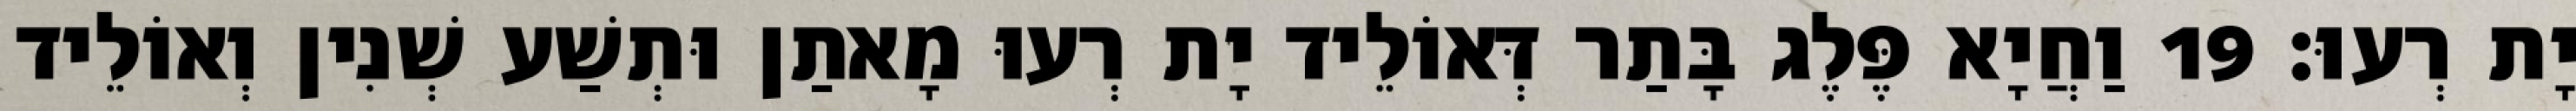
יָת רְעוּ׃ 19 וַחֲיָא פֶּלֶג בָּתַר דְּאוֹלֵיד יָת רְעוּ מָאתַן וּתְשַׁע שְׁנִין וְאוֹלֵיד